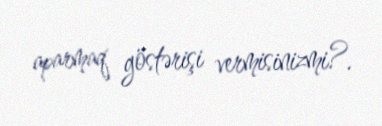
aparmaq göstərişi vermisinizmi?.